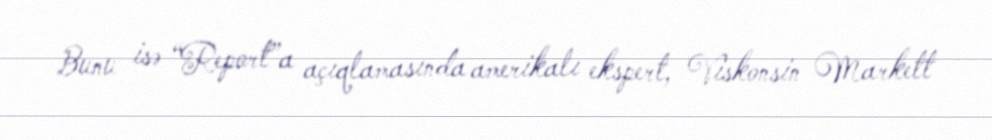
Bunu isə “Report”a açıqlamasında amerikalı ekspert, Viskonsin Markett